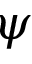
\psi